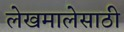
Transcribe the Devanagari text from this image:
लेखमालेसाठी